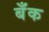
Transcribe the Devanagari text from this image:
बॅँक